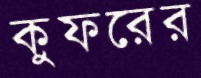
কুফরের